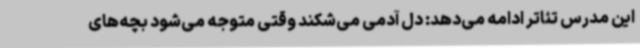
این مدرس تئاتر ادامه می‌دهد: دل آدمی می‌شکند وقتی متوجه می‌شود بچه‌های